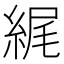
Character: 𦀿